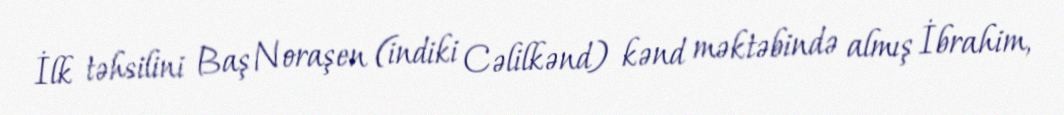
İlk təhsilini Baş Noraşen (indiki Cəlilkənd) kənd məktəbində almış İbrahim,